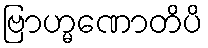
ဗြာဟ္မဏောတိပိ